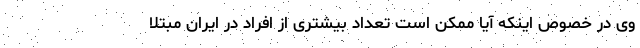
وی در خصوص اینکه آیا ممکن است تعداد بیشتری از افراد در ایران مبتلا